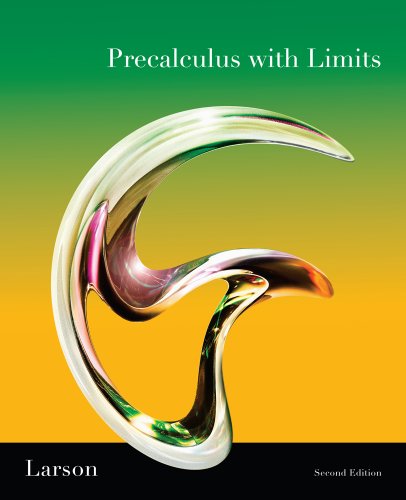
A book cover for Precalculus with Limits; Ron Larson; Science & Math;